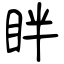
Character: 眫